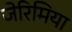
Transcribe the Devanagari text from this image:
जेरिमिया